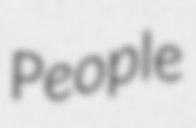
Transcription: People